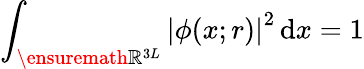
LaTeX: {\int_{\ensuremath{\mathbb{R}}^{3L}}\left|\phi(x;r)\right|^{2}\, \mathrm{d}x=1}